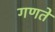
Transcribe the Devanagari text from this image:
गणते